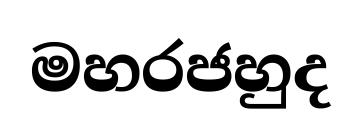
මහරජහුද